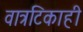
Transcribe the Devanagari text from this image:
वात्रटिकाही